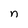
Character: n